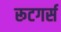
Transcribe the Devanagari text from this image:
रूटगर्स